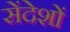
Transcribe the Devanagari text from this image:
सेंदेशों